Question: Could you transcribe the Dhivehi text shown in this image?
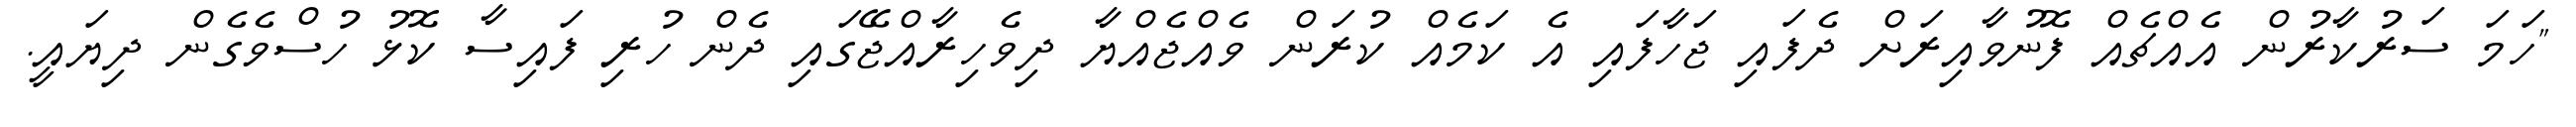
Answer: "ހަމަ ސަރުކާރުން އެއްޗެއް ފޮނުވާއިރަށް ދެފައި ޖަހާފައި އެ ކަމެއް ކުރަން ވެއްޖެއްޔާ ދިވެހިރާއްޖޭގައި ދެން ހުރި ފައިސާ ކޮޅު ހުސްވެގެން ދިޔައީ.